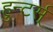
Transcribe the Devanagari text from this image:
हुन्टर्स्